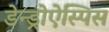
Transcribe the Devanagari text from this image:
डेन्ड्रोऐस्पिस